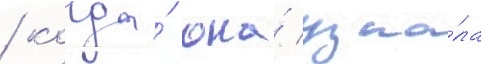
/ когда́ она́ узна́ла